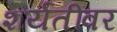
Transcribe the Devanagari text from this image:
शर्यतींवर